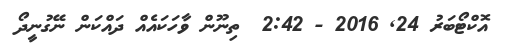
އޮކްޓޯބަރު 24